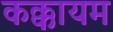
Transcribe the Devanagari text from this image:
कक्कायम